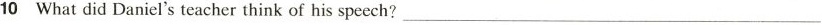
10 What did Daniel's teacher think of his speech? _